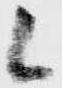
候